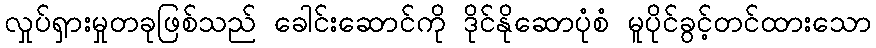
လှုပ်ရှားမှုတခုဖြစ်သည် ခေါင်းဆောင်ကို ဒိုင်နိုဆောပုံစံ မူပိုင်ခွင့်တင်ထားသော